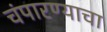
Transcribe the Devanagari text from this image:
चंपारण्याचा